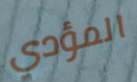
المؤدي